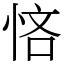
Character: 悋